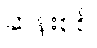
ဆန်းစစ်